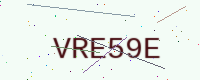
Text: VRE59E